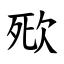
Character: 㰷